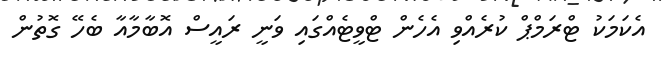
އެކަމަކު ޓްރަމްޕް ކުރެއްވި އެހެން ޓްވީޓެއްގައި ވަނީ ރައީސް އޮބާމާއާ ބެހޭ ގޮތުން